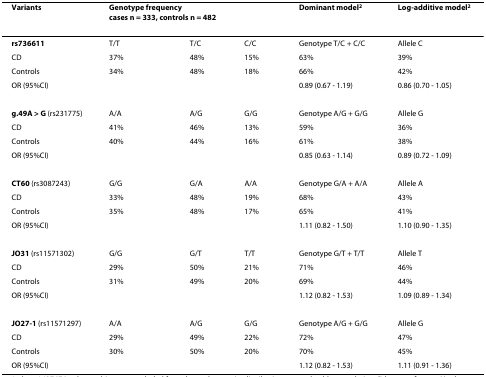
| Variants | <COLSPAN=3> Genotype frequencycases n = 333, controls n = 482 | Dominant model2 | Log-additive model2 |
 | --- | --- | --- | --- | --- | --- |
 | rs736611 | T/T | T/C | C/C | Genotype T/C + C/C | Allele C |
 | CD | 37% | 48% | 15% | 63% | 39% |
 | Controls | 34% | 48% | 18% | 66% | 42% |
 | OR (95%CI) |  |  |  | 0.89 (0.67 - 1.19) | 0.86 (0.70 - 1.05) |
 | g.49A > G (rs231775) | A/A | A/G | G/G | Genotype A/G + G/G | Allele G |
 | CD | 41% | 46% | 13% | 59% | 36% |
 | Controls | 40% | 44% | 16% | 61% | 38% |
 | OR (95%CI) |  |  |  | 0.85 (0.63 - 1.14) | 0.89 (0.72 - 1.09) |
 | CT60 (rs3087243) | G/G | G/A | A/A | Genotype G/A + A/A | Allele A |
 | CD | 33% | 48% | 19% | 68% | 43% |
 | Controls | 35% | 48% | 17% | 65% | 41% |
 | OR (95%CI) |  |  |  | 1.11 (0.82 - 1.50) | 1.10 (0.90 - 1.35) |
 | JO31 (rs11571302) | G/G | G/T | T/T | Genotype G/T + T/T | Allele T |
 | CD | 29% | 50% | 21% | 71% | 46% |
 | Controls | 31% | 49% | 20% | 69% | 44% |
 | OR (95%CI) |  |  |  | 1.12 (0.82 - 1.53) | 1.09 (0.89 - 1.34) |
 | JO27-1 (rs11571297) | A/A | A/G | G/G | Genotype A/G + G/G | Allele G |
 | CD | 29% | 49% | 22% | 72% | 47% |
 | Controls | 30% | 50% | 20% | 70% | 45% |
 | OR (95%CI) |  |  |  | 1.12 (0.82 - 1.53) | 1.11 (0.91 - 1.36) |